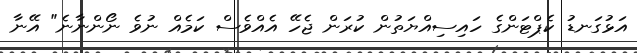
އަޅުގަނޑު ކެޕްޓަންގެ ހައިސިއްޔަތުން ކުރަން ޖެހޭ އެއްވެސް ކަމެއް ނުވެ ނޯންނާނެ" އޭނާ